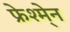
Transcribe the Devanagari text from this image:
फ्रेश्मे्न